Civil Veterinary Dept. Bombay admin report 1893-99 - 1893-1899
Year: 1893
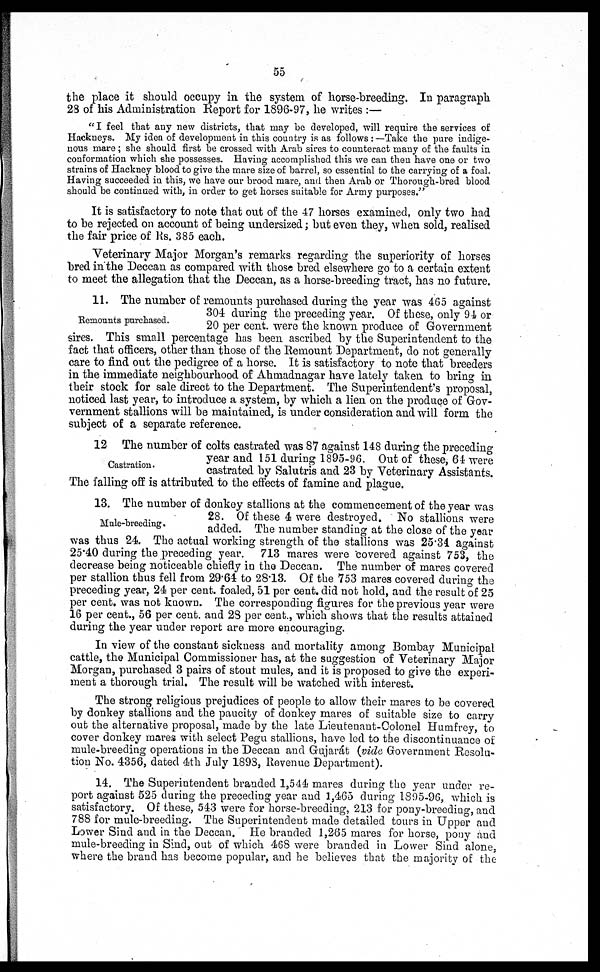
55
the place it should occupy in the system of horse-breeding. In paragraph
28 of his Administration Report for 1896-97, he writes :—
" I feel that any new districts, that may be developed, will require the services of
Hackneys. My idea of development in this country is as follows :—Take the pure indige-
nous mare ; she should first be crossed with Arab sires to counteract many of the faults in
conformation which she possesses. Having accomplished this we can then have one or two
strains of Hackney blood to give the mare size of barrel, so essential to the carrying of a foal.
Having succeeded in this, we have our brood mare, and then Arab or Thorough-bred blood
should be continued with, in order to get horses suitable for Army purposes."
It is satisfactory to note that out of the 47 horses examined, only two had
to be rejected on account of being undersized ; but even they, when sold, realised
the fair price of Rs. 385 each.
Veterinary Major Morgan's remarks regarding the superiority of horses
bred in the Deccan as compared with those bred elsewhere go to a certain extent
to meet the allegation that the Deccan, as a horse-breeding tract, has no future.
Remounts purchased.
11. The number of remounts purchased during the year was 465 against
304 during the preceding year. Of these, only 94 or
20 per cent. were the known produce of Government
sires. This small percentage has been ascribed by the Superintendent to the
fact that officers, other than those of the Remount Department, do not generally
care to find out the pedigree of a horse. It is satisfactory to note that breeders
in the immediate neighbourhood of Ahmadnagar have lately taken to bring in
their stock for sale direct to the Department. The Superintendent's proposal,
noticed last year, to introduce a system, by which a lien on the produce of Gov-
vernment stallions will be maintained, is under consideration and will form the
subject of a separate reference.
Castration.
12 The number of colts castrated was 87 against 148 during the preceding
year and 151 during 1895-96. Out of these, 64 were
castrated by Salutris and 23 by Veterinary Assistants.
The falling off is attributed to the effects of famine and plague.
Mule-breeding.
13. The number of donkey stallions at the commencement of the year was
28. Of these 4 were destroyed. No stallions were
added. The number standing at the close of the year
was thus 24. The actual working strength of the stallions was 25.34 against
25.40 during the preceding year. 713 mares were covered against 753, the
decrease being noticeable chiefly in the Deccan. The number of mares covered
per stallion thus fell from 29.64 to 28.13. Of the 753 mares covered during the
preceding year, 24 per cent. foaled, 51 per cent. did not hold, and the result of 25
per cent. was not known. The corresponding figures for the previous year were
16 per cent., 56 per cent. and 28 per cent., which shows that the results attained
during the year under report are more encouraging.
In view of the constant sickness and mortality among Bombay Municipal
cattle, the Municipal Commissioner has, at the suggestion of Veterinary Major
Morgan, purchased 3 pairs of stout mules, and it is proposed to give the experi-
ment a thorough trial. The result will be watched with interest.
The strong religious prejudices of people to allow their mares to be covered
by donkey stallions and the paucity of donkey mares of suitable size to carry
out the alternative proposal, made by the late Lieutenant-Colonel Humfrey, to
cover donkey mares with select Pegu stallions, have led to the discontinuance of
mule-breeding operations in the Deccan and Gujarát (vide Government Resolu-
tion No. 4356, dated 4th July 1893, Revenue Department).
14. The Superintendent branded 1,544 mares during the year under re-
port against 525 during the preceding year and 1,465 during 1895-96, which is
satisfactory. Of these, 543 were for horse-breeding, 213 for pony-breeding, and
788 for mule-breeding. The Superintendent made detailed tours in Upper and
Lower Sind and in the Deccan. He branded 1,265 mares for horse, pony and
mule-breeding in Sind, out of which 468 were branded in Lower Sind alone,
where the brand has become popular, and he believes that the majority of the